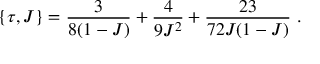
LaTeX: \{ \tau , J \} = \frac { 3 } { 8 ( 1 - J ) } + \frac { 4 } { 9 J ^ { 2 } } + \frac { 2 3 } { 7 2 J ( 1 - J ) } \ .